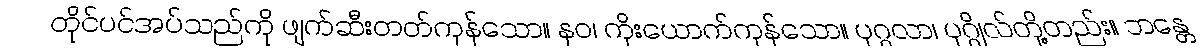
တိုင်ပင်အပ်သည်ကို ဖျက်ဆီးတတ်ကုန်သော။ နဝ၊ ကိုးယောက်ကုန်သော။ ပုဂ္ဂလာ၊ ပုဂ္ဂိုလ်တို့တည်း။ ဘန္တေ